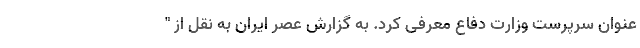
عنوان سرپرست وزارت دفاع معرفی کرد. به گزارش عصر ایران به نقل از "